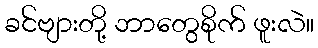
ခင်ဗျားတို့ ဘာတွေစိုက် ဖူးလဲ။